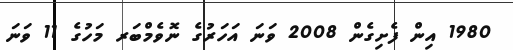
1980 އިން ފެށިގެން 2008 ވަނަ އަހަރުގެ ނޮވެމްބަރ މަހުގެ 11 ވަނަ